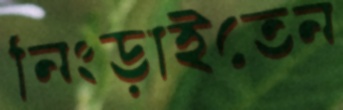
নিংড়াইতেন